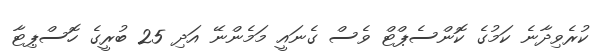
ކުރެވިދާނެ ކަމުގެ ކޮންސެޕްޓް ވެސް ގެނައީ މަމެންނޭ އަދި 25 ބުރީގެ ހޮސްޕިޓާ